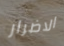
الاضرار